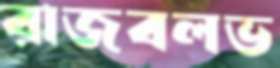
রাজবলভ